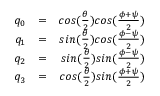
\begin{array} { r l r } { q _ { 0 } } & { = } & { c o s ( \frac { \theta } { 2 } ) c o s ( \frac { \phi + \psi } { 2 } ) } \\ { q _ { 1 } } & { = } & { s i n ( \frac { \theta } { 2 } ) c o s ( \frac { \phi - \psi } { 2 } ) } \\ { q _ { 2 } } & { = } & { s i n ( \frac { \theta } { 2 } ) s i n ( \frac { \phi - \psi } { 2 } ) } \\ { q _ { 3 } } & { = } & { c o s ( \frac { \theta } { 2 } ) s i n ( \frac { \phi + \psi } { 2 } ) } \end{array}